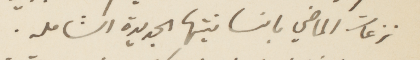
نزعات الماضي بانسانيتها الجديدة الشامله.